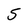
Character: 5